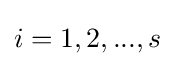
i=1,2,...,s